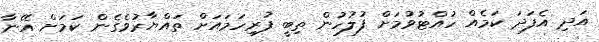
އަދި އެފަދަ ކަމެއް ހުއްޓުވުމަށް ފުލުހުން ތިބީ ފުރިހަމައަށް ތައްޔާރުވެގެން ކަމަށް އޭނާ